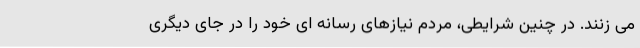
می زنند. در چنین شرایطی، مردم نیازهای رسانه ای خود را در جای دیگری